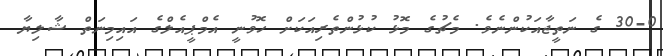
30-0 ގެ ނަތީޖާއަކުންނެވެ. މެޗުގެ މޮޅު ކުޅުންތެރިއަކަށް ހޮވުނީ އެމްޕީއެލްގެ އައިމިނަތް ޝާލިޔާ